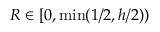
R \in [ 0 , \operatorname* { m i n } ( 1 / 2 , h / 2 ) )